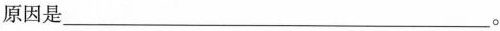
原因是___。